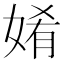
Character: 𮱋